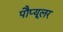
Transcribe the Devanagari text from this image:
पौप्यूलर